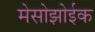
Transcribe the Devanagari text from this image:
मेसोझोईक